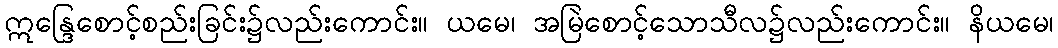
ဣန္ဒြေစောင့်စည်းခြင်း၌လည်းကောင်း။ ယမေ၊ အမြဲစောင့်သောသီလ၌လည်းကောင်း။ နိယမေ၊